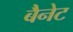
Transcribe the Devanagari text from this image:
बैेनेट